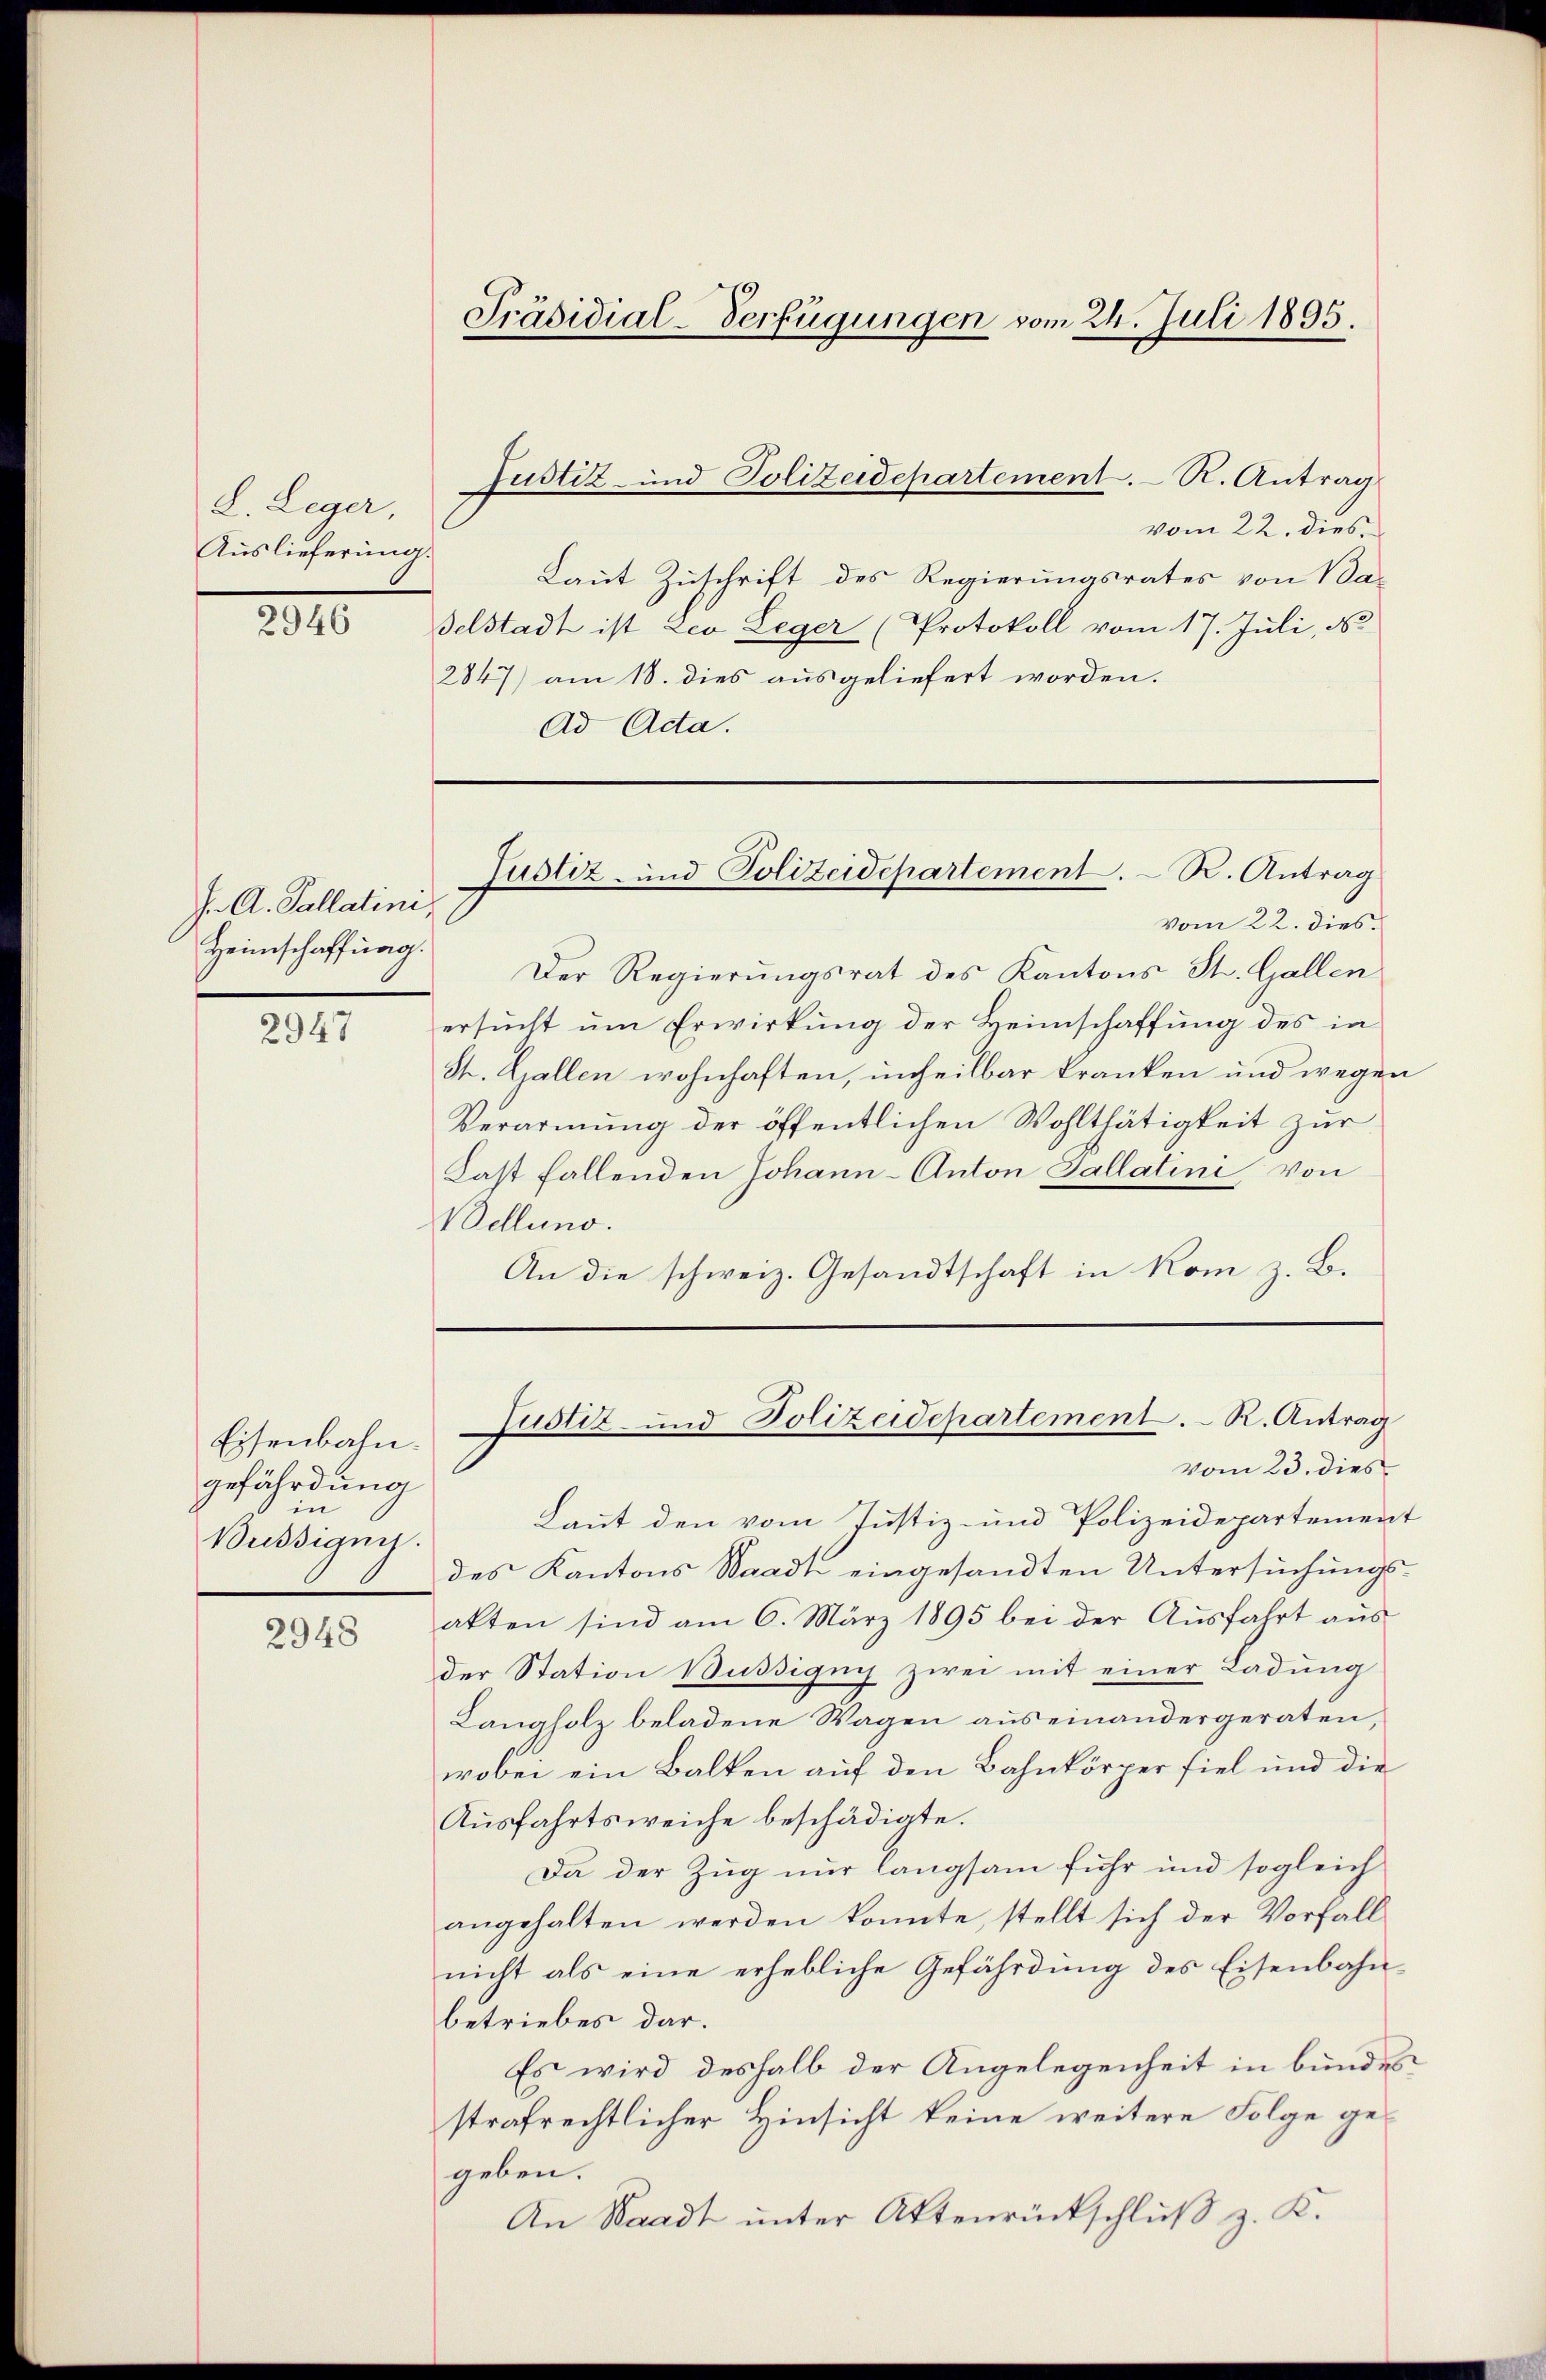
L. Leger,
Auslieferung.
2946

J. A. Gallatini,
Heimschaffung.

2947

Eisenbahn.
gefährdung
in
Büssigung.

2948

vom 22. dies
Der Regierungsrat des Kantons St. Gallen
ersucht um Erwirkung der Heimschaffung des in
St. Gallen wohnhaften, unheilbar kranken und wegen
Verarmung der öffentlichen Wohlthätigkeit zur
Fast fallenden Johann-Anton Gallatini von
Vellung.
An die schweiz. Gesandtschaft in Kom z. B.

vom 22. dies
Laut Zuschrift des Regierungsrates von Ba-
Felstadt ist Leo Leger (Protokoll vom 17. Juli, No
2847) am 18. dies ausgeliefert worden.
Ad Acta.

Präsidial-Verfügungen vom 24. Juli 1895.

Justiz- und Polizeidepartement. R. Antrag

Justiz und Polizeidepartement. R. Antrag

Justiz- und Polizeidepartement. R. Antrag

vom 23. dies
Laut den vom Justiz- und Polizeidepartement
des Kantons Waadt eingesandten Untersuchungs-
akten sind am 6. März 1895 bei der Ausfahrt aus
der Station Bussignis zwei mit einer Ladung
Langholz beladene Wagen aus einandergeraten,
wobei ein Balken auf den Bahnkörper fiel und die
Ausfahrtsweiche beschädigte.
Da der Zug nur langsam fuhr und sogleich
angehalten werden konnte, stellt sich der Vorfall
nicht als eine erhebliche Gefährdung des Eisenbahnbetriebes dar.
Es wird deshalb der Angelegenheit in bundes
strafrechtlicher Hinsicht keine weitere Folge gegeben.
An Waadt unter Aktenrückschluß z. K.